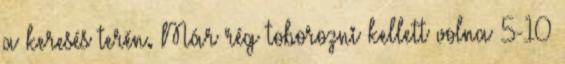
a keresés terén. Már rég toborozni kellett volna 5-10